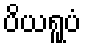
ပိယရူပံ